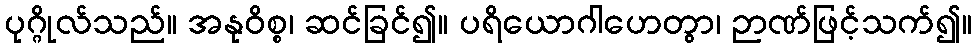
ပုဂ္ဂိုလ်သည်။ အနုဝိစ္စ၊ ဆင်ခြင်၍။ ပရိယောဂါဟေတွာ၊ ဉာဏ်ဖြင့်သက်၍။